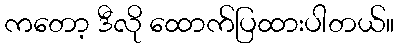
ကတော့ ဒီလို ထောက်ပြထားပါတယ်။